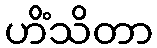
ဟိံသိတာ